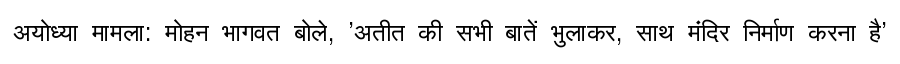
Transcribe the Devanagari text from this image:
अयोध्या मामला: मोहन भागवत बोले, 'अतीत की सभी बातें भुलाकर, साथ मंदिर निर्माण करना है'